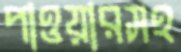
পাওয়ারসহ